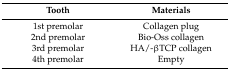
<table><thead><tr><td><b>Tooth</b></td><td><b>Materials</b></td></tr></thead><tbody><tr><td>1st premolar</td><td>Collagen plug</td></tr><tr><td>2nd premolar</td><td>Bio-Oss collagen</td></tr><tr><td>3rd premolar</td><td>HA/-βTCP collagen</td></tr><tr><td>4th premolar</td><td>Empty</td></tr></tbody></table>